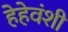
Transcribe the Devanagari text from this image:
हेहेवंशी